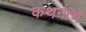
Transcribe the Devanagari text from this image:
कथनांचे